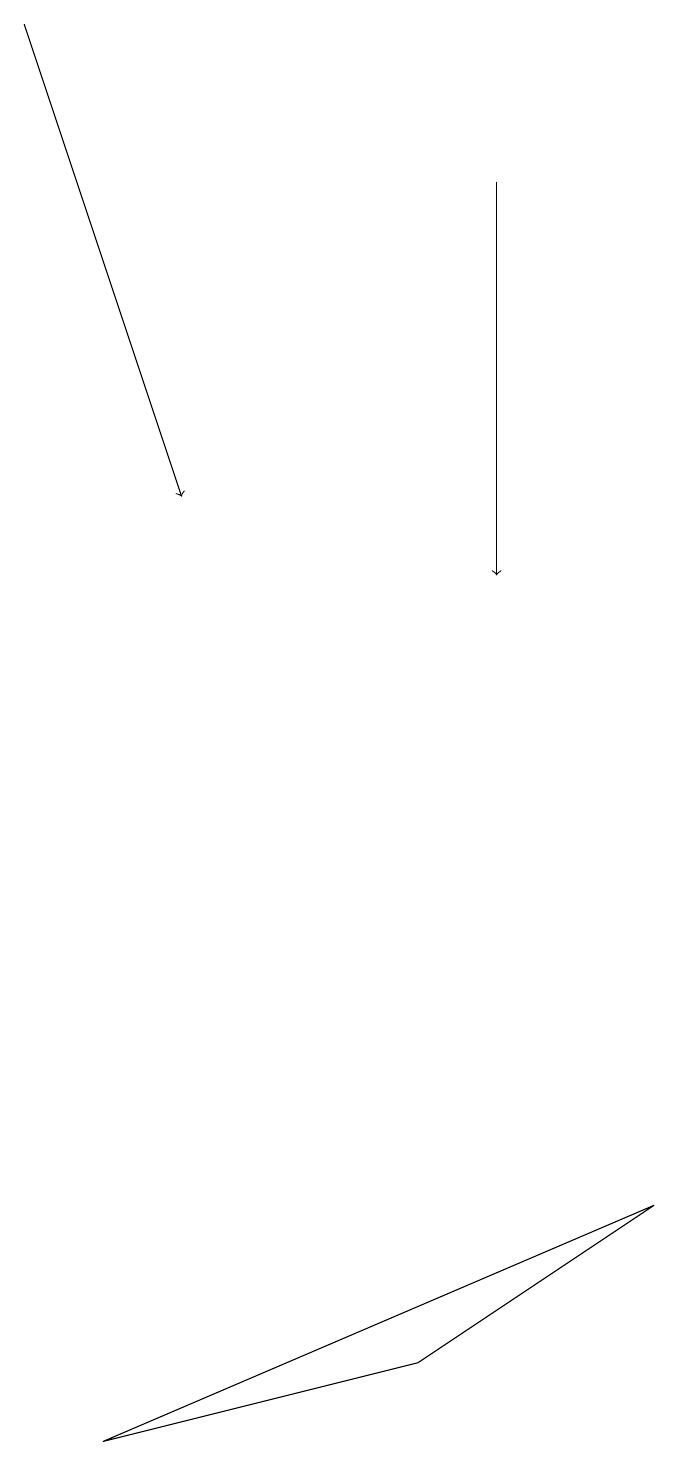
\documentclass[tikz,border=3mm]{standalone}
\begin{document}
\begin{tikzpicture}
\draw[->] (7,17) -- (7,12);
\draw[->] (1,19) -- (3,13);
\draw (6,2) -- (9,4) -- (2,1) -- cycle;
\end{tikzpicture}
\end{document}